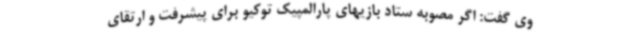
وی گفت: اگر مصوبه ستاد بازیهای پارالمپیک توکیو برای پیشرفت و ارتقای